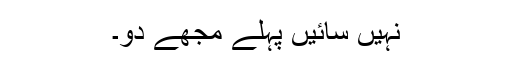
نہیں سائیں پہلے مجھے دو۔